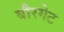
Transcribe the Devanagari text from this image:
बौरगेट